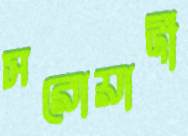
সরোয়ার্দী